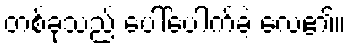
တစ်ခုသည် ပေါ်ပေါက်ခဲ့ လေ၏။